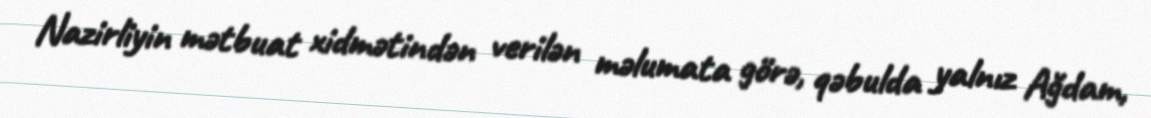
Nazirliyin mətbuat xidmətindən verilən məlumata görə, qəbulda yalnız Ağdam,